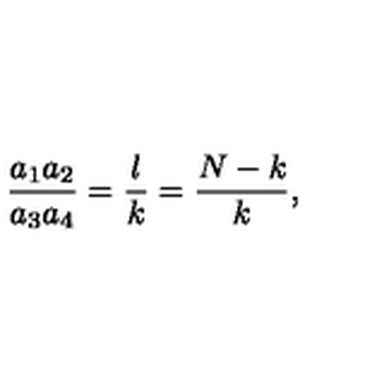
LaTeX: \frac { a _ { 1 } a _ { 2 } } { a _ { 3 } a _ { 4 } } = \frac { l } { k } = \frac { N - k } { k } ,